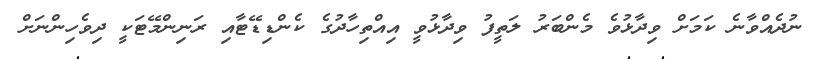
ނުދެއްވާނެ ކަމަށް ވިދާޅުވެ މެންބަރު ލަތީފު ވިދާޅުވީ އިއްތިހާދުގެ ކެންޑިޑޭޓާއި ރަނިންމޭޓަކީ ދިވެހިންނަށް